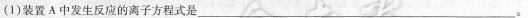
(1)装置A中发生反应的离子方程式是___。